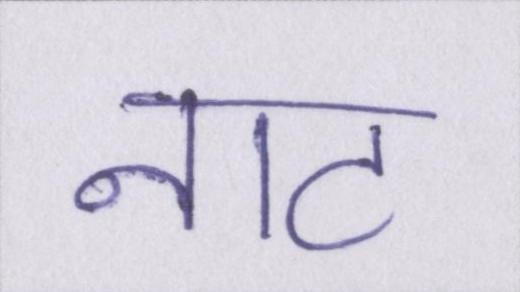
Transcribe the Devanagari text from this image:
नाट